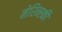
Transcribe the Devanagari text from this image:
मेरिन्स्की